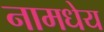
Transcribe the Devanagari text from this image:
नामधेय